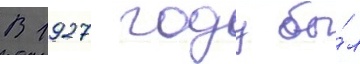
В 1927 году бы́л